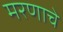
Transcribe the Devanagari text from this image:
मरणाचे